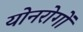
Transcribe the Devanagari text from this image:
योनरोगों